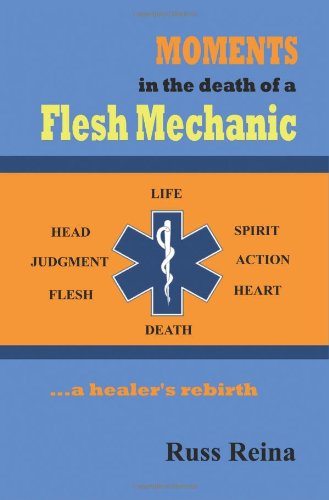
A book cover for Moments in the Death of a Flesh Mechanic ... a healer's rebirth; Russ Reina; Medical Books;